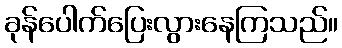
ခုန်ပေါက်ပြေးလွားနေကြသည်။